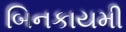
બિનકાયમી